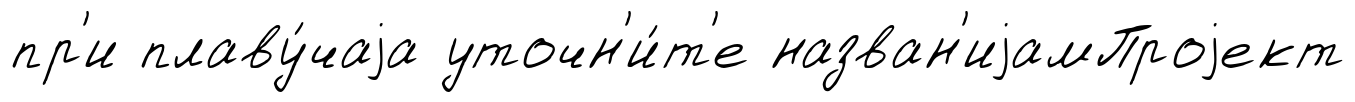
пр'и плаву́чаjа уточн'и́т'е назван'иjамПроjект